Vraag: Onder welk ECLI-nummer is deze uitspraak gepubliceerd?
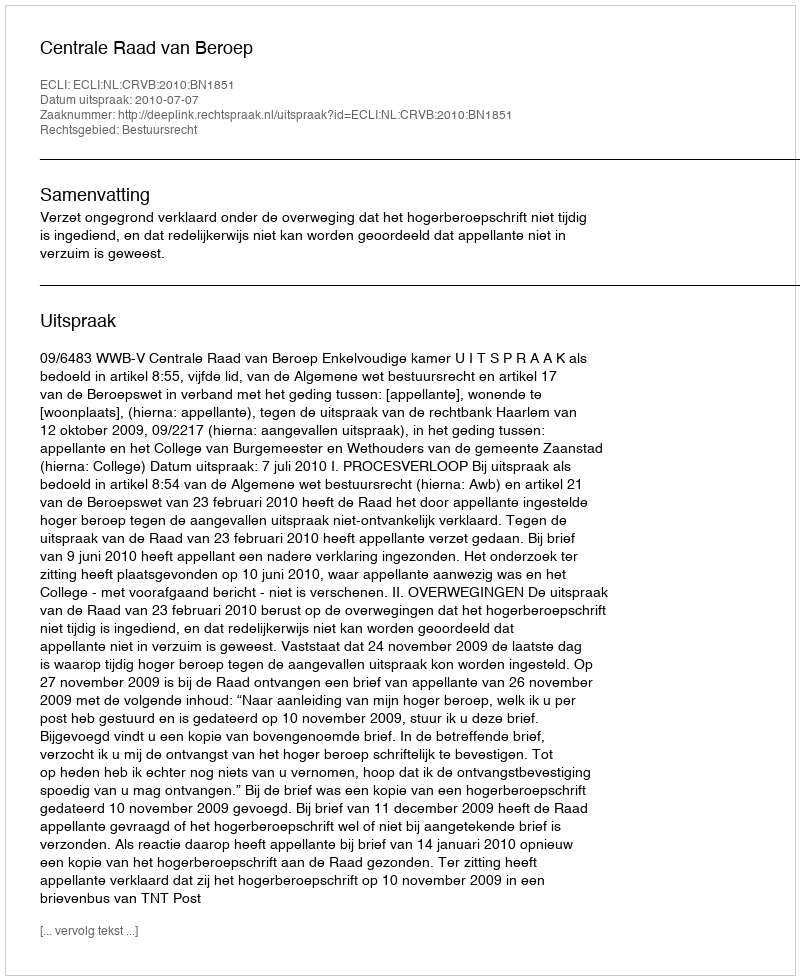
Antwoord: ECLI:NL:CRVB:2010:BN1851